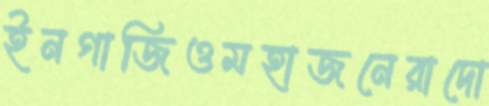
ইনগাজিওমহাজনেরাদো